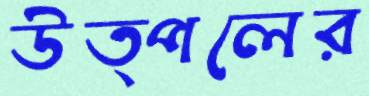
উত্পলের